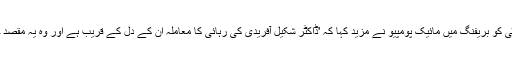
خارجہ امور کمیٹی کو بریفنگ میں مائیک پومپیو نے مزید کہا کہ 'ڈاکٹر شکیل آفریدی کی رہائی کا معاملہ ان کے دل کے قریب ہے اور وہ یہ مقصد حاصل کریں گے۔